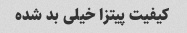
کیفیت پیتزا خیلی بد شده